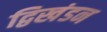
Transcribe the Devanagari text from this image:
द्विखंडन